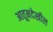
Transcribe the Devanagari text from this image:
आतूनदेखील